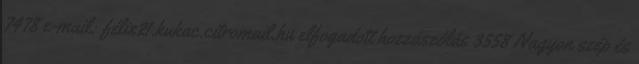
7478 e-mail: félix21.kukac.citromail.hu elfogadott hozzászólás 3558 Nagyon szép és